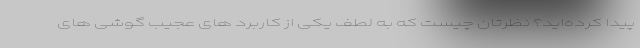
پیدا کرده‌اید؟ نظرتان چیست که به لطف یکی از کاربرد های عجیب گوشی های